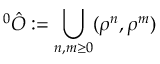
^ { 0 } \hat { O } : = \bigcup _ { n , m \geq 0 } ( \rho ^ { n } , \rho ^ { m } )